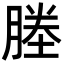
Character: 塍